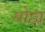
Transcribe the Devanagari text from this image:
घोडा़